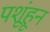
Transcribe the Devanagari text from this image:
पशूंहून